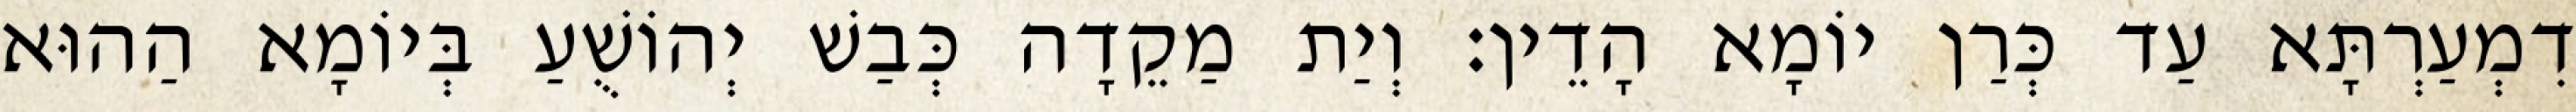
דִמְעַרְתָּא עַד כְּרַן יוֹמָא הָדֵין׃ וְיַת מַקֵדָה כְּבַשׁ יְהוֹשֻׁעַ בְּיוֹמָא הַהוּא